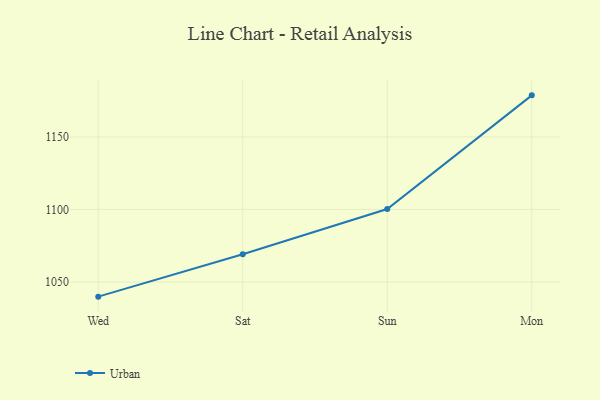
{"axis": {"x": "Day", "y": "Churn Rate (%)"}, "legend": ["Urban"], "data": [{"x": "Wed", "y": 1039.9, "type": "Urban"}, {"x": "Sat", "y": 1069.1, "type": "Urban"}, {"x": "Sun", "y": 1100.3, "type": "Urban"}, {"x": "Mon", "y": 1178.6, "type": "Urban"}]}